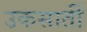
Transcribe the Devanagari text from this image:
उकसातीं